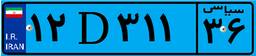
۱۲D۳۱۱۳۶